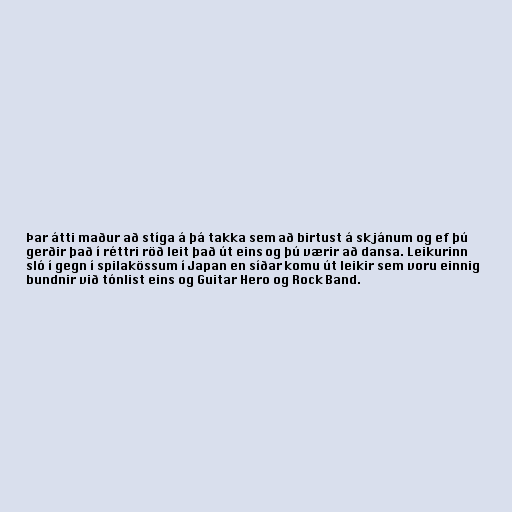
Þar átti maður að stíga á þá takka sem að birtust á skjánum og ef þú
gerðir það í réttri röð leit það út eins og þú værir að dansa. Leikurinn
sló í gegn í spilakössum í Japan en síðar komu út leikir sem voru einnig
bundnir við tónlist eins og Guitar Hero og Rock Band.